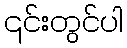
၎င်းတွင်ပါ